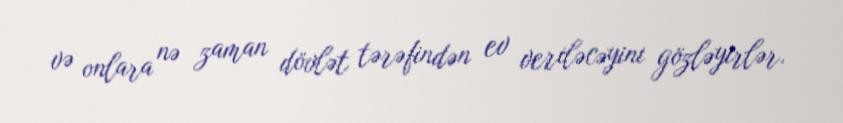
və onlara nə zaman dövlət tərəfindən ev veriləcəyini gözləyirlər.